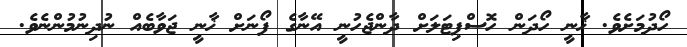
ހޯދުމަށެވެ. ޚާނީ ހޯދަން ހޮސްޕިޓަލަށް ދާންޖެހުނީ އޭނާގެ ފޯނަށް ޚާނީ ޖަވާބެއް ނުދިނުމުންނެވެ.